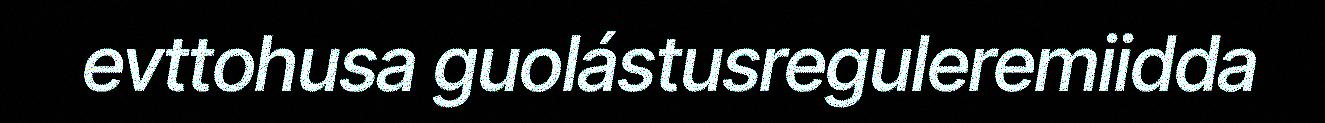
evttohusa guolástusreguleremiidda